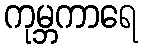
ကုမ္ဘကာရေ